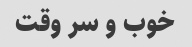
خوب و سر وقت